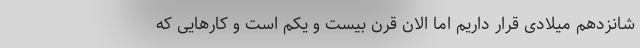
شانزدهم میلادی قرار داریم اما الان قرن بیست و یکم است و کارهایی که